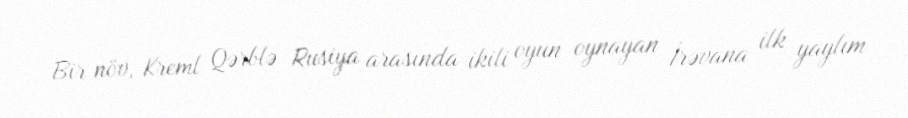
Bir növ, Kreml Qərblə Rusiya arasında ikili oyun oynayan İrəvana ilk yaylım